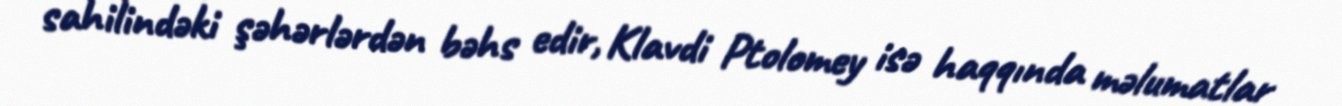
sahilindəki şəhərlərdən bəhs edir, Klavdi Ptolomey isə haqqında məlumatlar